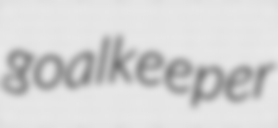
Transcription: goalkeeper